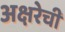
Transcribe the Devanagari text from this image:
अक्षरेची